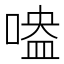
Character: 𠹃